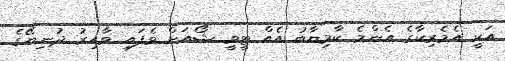
އަކީ އެމެރިކާގެ އެންމެ ކާމިޔާބު އެއް ޓީވީ ޝޯއަށް ވެފައި ވާއިރު ދުނިޔޭގެ